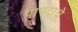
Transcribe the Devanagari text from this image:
पापदाचे